Lunatic asylums United Provinces 1909-1921 - 1909-1921
Year: 1909
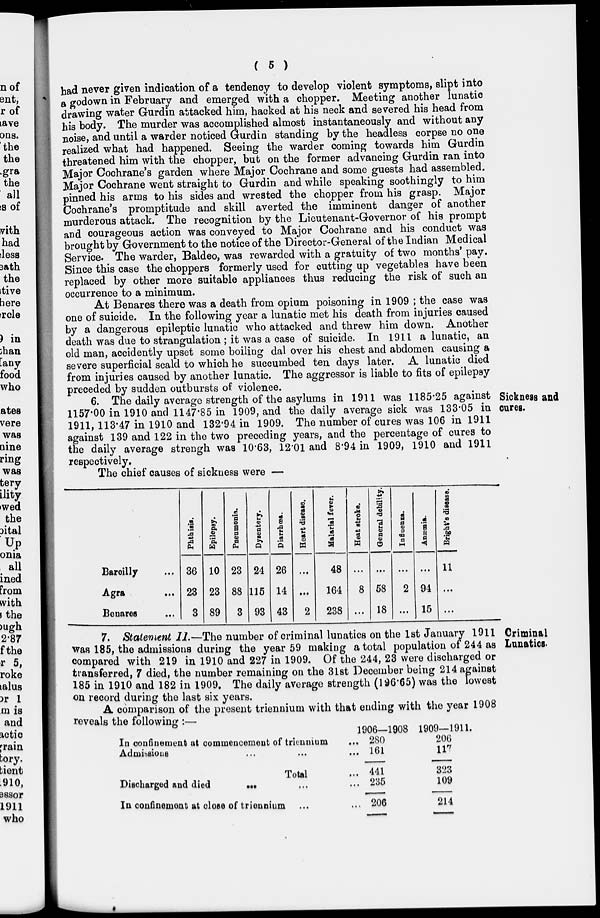
( 5 )
had never given indication of a tendency to develop violent symptoms, slipt into
a godown in February and emerged with a chopper. Meeting another lunatic
drawing water Gurdin attacked him, hacked at his neck and severed his head from
his body. The murder was accomplished almost instantaneously and without any
noise, and until a warder noticed Gurdin standing by the headless corpse no one
realized what had happened. Seeing the warder coming towards him Gurdin
threatened him with the chopper, but on the former advancing Gurdin ran into
Major Cochrane's garden where Major Cochrane and some guests had assembled.
Major Cochrane went straight to Gurdin and while speaking soothingly to him
pinned his arms to his sides and wrested the chopper from his grasp. Major
Cochrane's promptitude and skill averted the imminent danger of another
murderous attack. The recognition by the Lieutenant-Governor of his prompt
and courageous action was conveyed to Major Cochrane and his conduct was
brought by Government to the notice of the Director-General of the Indian Medical
Service. The warder, Baldeo, was rewarded with a gratuity of two months' pay.
Since this case the choppers formerly used for cutting up vegetables have been
replaced by other more suitable appliances thus reducing the risk of such an
occurrence to a minimum.
At Benares there was a death from opium poisoning in 1909 ; the case was
one of suicide. In the following year a lunatic met his death from injuries caused
by a dangerous epileptic lunatic who attacked and threw him down. Another
death was due to strangulation ; it was a case of suicide. In 1911 a lunatic, an
old man, accidently upset some boiling dal over his chest and abdomen causing a
severe superficial scald to which he succumbed ten days later. A lunatic died
from injuries caused by another lunatic. The aggressor is liable to fits of epilepsy
preceded by sudden outbursts of violence.
Sickness and
cures.
6. The daily average strength of the asylums in 1911 was 1185.25 against
1157.00 in 1910 and 1147.85 in 1909, and the daily average sick was 133.05 in
1911, 113.47 in 1910 and 132.94 in 1909. The number of cures was 106 in 1911
against 139 and 122 in the two preceding years, and the percentage of cures to
the daily average strengh was 10.63, 1201 and 8.94 in 1909, 1910 and 1911
respectively.
The chief causes of sickness were —
Bareilly ...
Agra ...
Benares ...
Phthisis.
36
23
3
Epilepsy.
10
23
89
Pneumonia.
23
88
3
Dysentery.
24
115
93
Diarrhœa.
26
14
43
Heart disease.
...
...
2
Malarial fever.
48
164
238
Heat stroke.
...
8
...
General
debility.
...
58
18
Influenza.
...
2
...
Anæmia.
...
94
15
Bright's
disease.
11
...
...
Criminal
Lunatics.
7. Statement II.—The number of criminal lunatics on the 1st January 1911
was 185, the admissions during the year 59 making a total population of 244 as
compared with 219 in 1910 and 227 in 1909. Of the 244, 23 were discharged or
transferred, 7 died, the number remaining on the 31st December being 214 against
185 in 1910 and 182 in 1909. The daily average strength (196.65) was the lowest
on record during the last six years.
A comparison of the present triennium with that ending with the year 1908
reveals the following :—
In confinement at commencement of triennium ...
Admissions ... ... ...
Total ...
Discharged and died ... ... ...
In confinemeat at close of triennium ... ...
1906—1908
280
161
441
235
206
1909—1911.
206
117
323
109
214